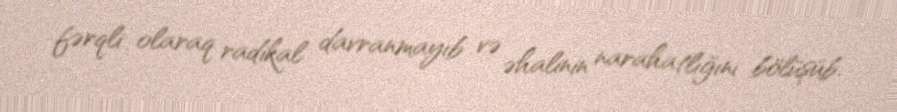
fərqli olaraq radikal davranmayıb və əhalinin narahatlığını bölüşüb.